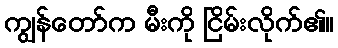
ကျွန်တော်က မီးကို ငြိမ်းလိုက်၏။